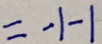
= - 1 - 1